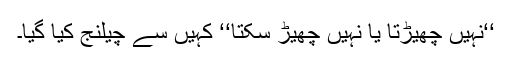
‘‘نہیں چھیڑتا یا نہیں چھیڑ سکتا‘‘ کہیں سے چیلنج کیا گیا۔